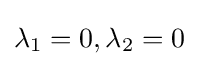
\lambda _{1}=0,\lambda _{2}=0